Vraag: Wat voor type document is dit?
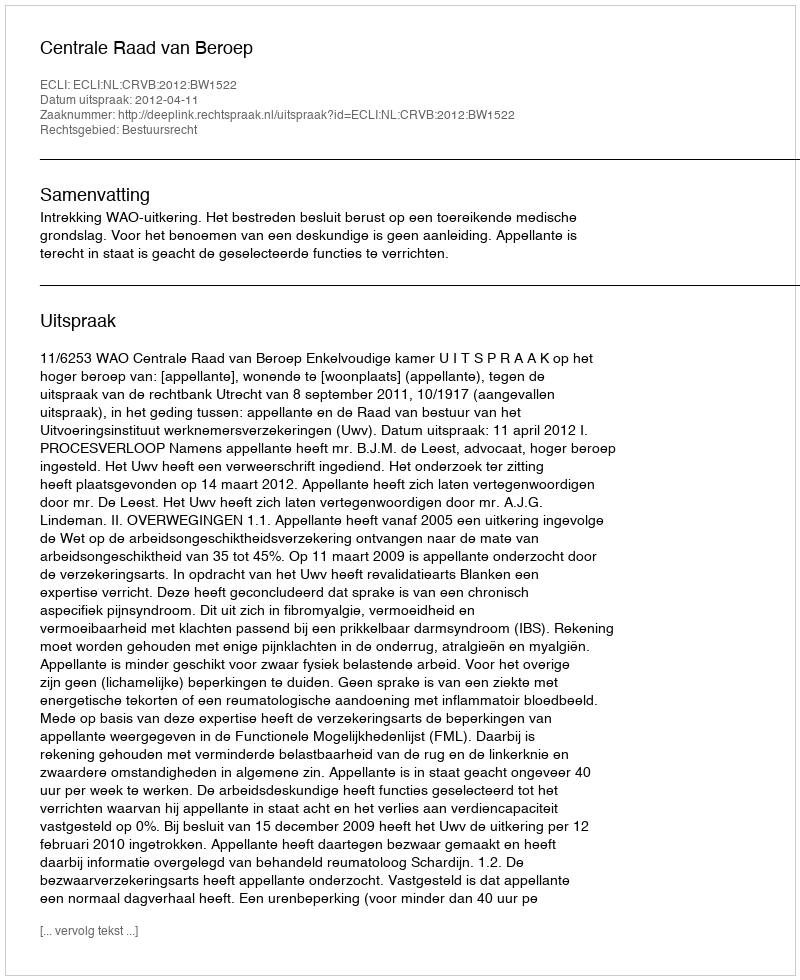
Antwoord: Uitspraak